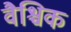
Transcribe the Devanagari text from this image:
वैश्चिक